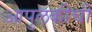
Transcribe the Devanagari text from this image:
आपुलकीची